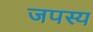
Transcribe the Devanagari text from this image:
जपस्य